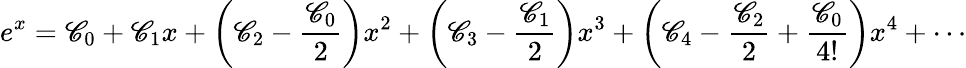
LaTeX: e^{x}=\mathscr{C}_{0}+\mathscr{C}_{1}x+\left(\mathscr{C}_{2}-{\frac{{\mathscr{C}_{0}}}{{2}}}\right)x^{2}+\left(\mathscr{C}_{3}-{\frac{{\mathscr{C}_{1}}}{{2}}}\right)x^{3}+\left(\mathscr{C}_{4}-{\frac{{\mathscr{C}_{2}}}{{2}}}+{\frac{{\mathscr{C}_{0}}}{{4!}}}\right)x^{4}+\cdots